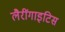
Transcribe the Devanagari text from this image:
लैरींगाइटिस